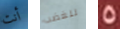
أنت للغضب 5